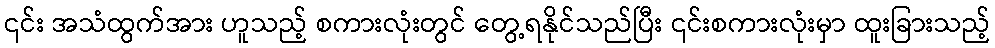
၎င်း အသံထွက်အား ဟူသည့် စကားလုံးတွင် တွေ့ရနိုင်သည်ပြီး ၎င်းစကားလုံးမှာ ထူးခြားသည့်